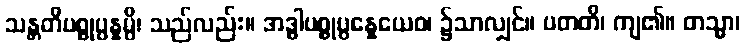
သန္တတိပစ္စုပ္ပန္နမ္ပိ၊ သည်လည်း။ အဒ္ဓါပစ္စုပ္ပန္နေယေဝ၊ ၌သာလျှင်။ ပတတိ၊ ကျ၏။ တသ္မာ၊